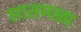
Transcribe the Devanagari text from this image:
सातमळा